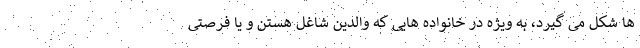
ها شکل می گیرد، به ویژه در خانواده هایی که والدین شاغل هستن و یا فرصتی